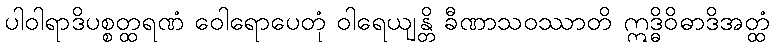
ပါဝါရာဒိပစ္စတ္ထရဏံ ဝေါရောပေတုံ ဝါရေယျန္တိ ခီဏာသဝဿာတိ ဣဒ္ဓိဝိဓာဒိအတ္ထံ